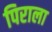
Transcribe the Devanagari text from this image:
पिराला